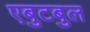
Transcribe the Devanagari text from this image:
एबुटबुल